Vaccination Hyderabad 1872-1889 - 1872-1889
Year: 1872
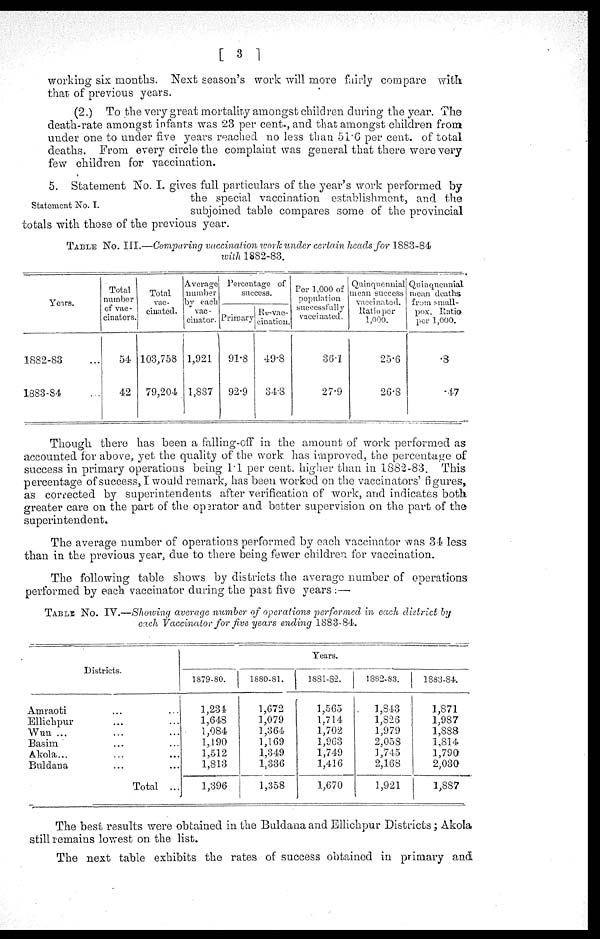
[ 3 ]
working six months. Next season's work will more fairly compare with
that of previous years.
(2.) To the very great mortality amongst children during the year. The
death-rate amongst infants was 23 per cent., and that amongst children from
under one to under five years reached no less than 51.6 per cent. of total
deaths. From every circle the complaint was general that there were very
few children for vaccination.
Statement No. I.
5. Statement No. I. gives full particulars of the year's work performed by
the special vaccination establishment, and the
subjoined table compares some of the provincial
totals with those of the previous year.
TABLE NO. III.—Comparing vaccination work under certain heads for 1883-84
with 1882-83.
Years.
1882-83 ...
1883-84 ...
Total
number
of vac-
cinators.
54
42
Total
vac-
cinated.
103,758
79,204
Average
number
by each
vac-
cinator.
1,921
1,887
Percentage of
success.
Primary
91.8
92.9
Re-vac-
cination.
49.8
34.8
Per 1,000 of
population
successfully
vaccinated.
36.1
27.9
Quinquennial
mean success
vaccinated.
Ratio per
1,000.
25.6
26.8
Quinquennial
mean deaths
from small-
pox. Ratio
per 1,000.
.8
.17
Though there has been a falling-off in the amount of work performed as
accounted for above, yet the quality of the work has improved, the percentage of
success in primary operations being 1.1 per cent. higher than in 1882-83. This
percentage of success, I would remark, has been worked on the vaccinators' figures,
as corrected by superintendents after verification of work, and indicates both
greater care on the part of the operator and better supervision on the part of the
superintendent.
The average number of operations performed by each vaccinator was 34 less
than in the previous year, due to there being fewer children for vaccination.
The following table shows by districts the average number of operations
performed by each vaccinator during the past five years :—
TABLE NO. IV.—Showing average number of operations performed in each district by
each Vaccinator for five years ending 1883-84.
Districts.
Amraoti ... ...
Ellichpur ... ...
Wun ... ...
Basim ... ...
Akola... ...
Buldana ... ...
Total ...
Years.
1879-80.
1,234
1,648
1,084
1,190
1,512
1,813
1,396
1880-81.
1,672
1,079
1,364
1,169
1,349
1,336
1,358
1881-82.
1,565
1,714
1,702
1,963
1,749
1,416
1,670
1882-83.
1,843
1,826
1,979
2,058
1,745
2,168
1,921
1883-84.
1,871
1,987
1,888
1,814
1,790
2,030
1,887
The best results were obtained in the Buldana and Ellichpur Districts; Akola
still remains lowest on the list.
The next table exhibits the rates of success obtained in primary and